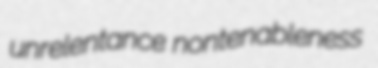
unrelentance nontenableness